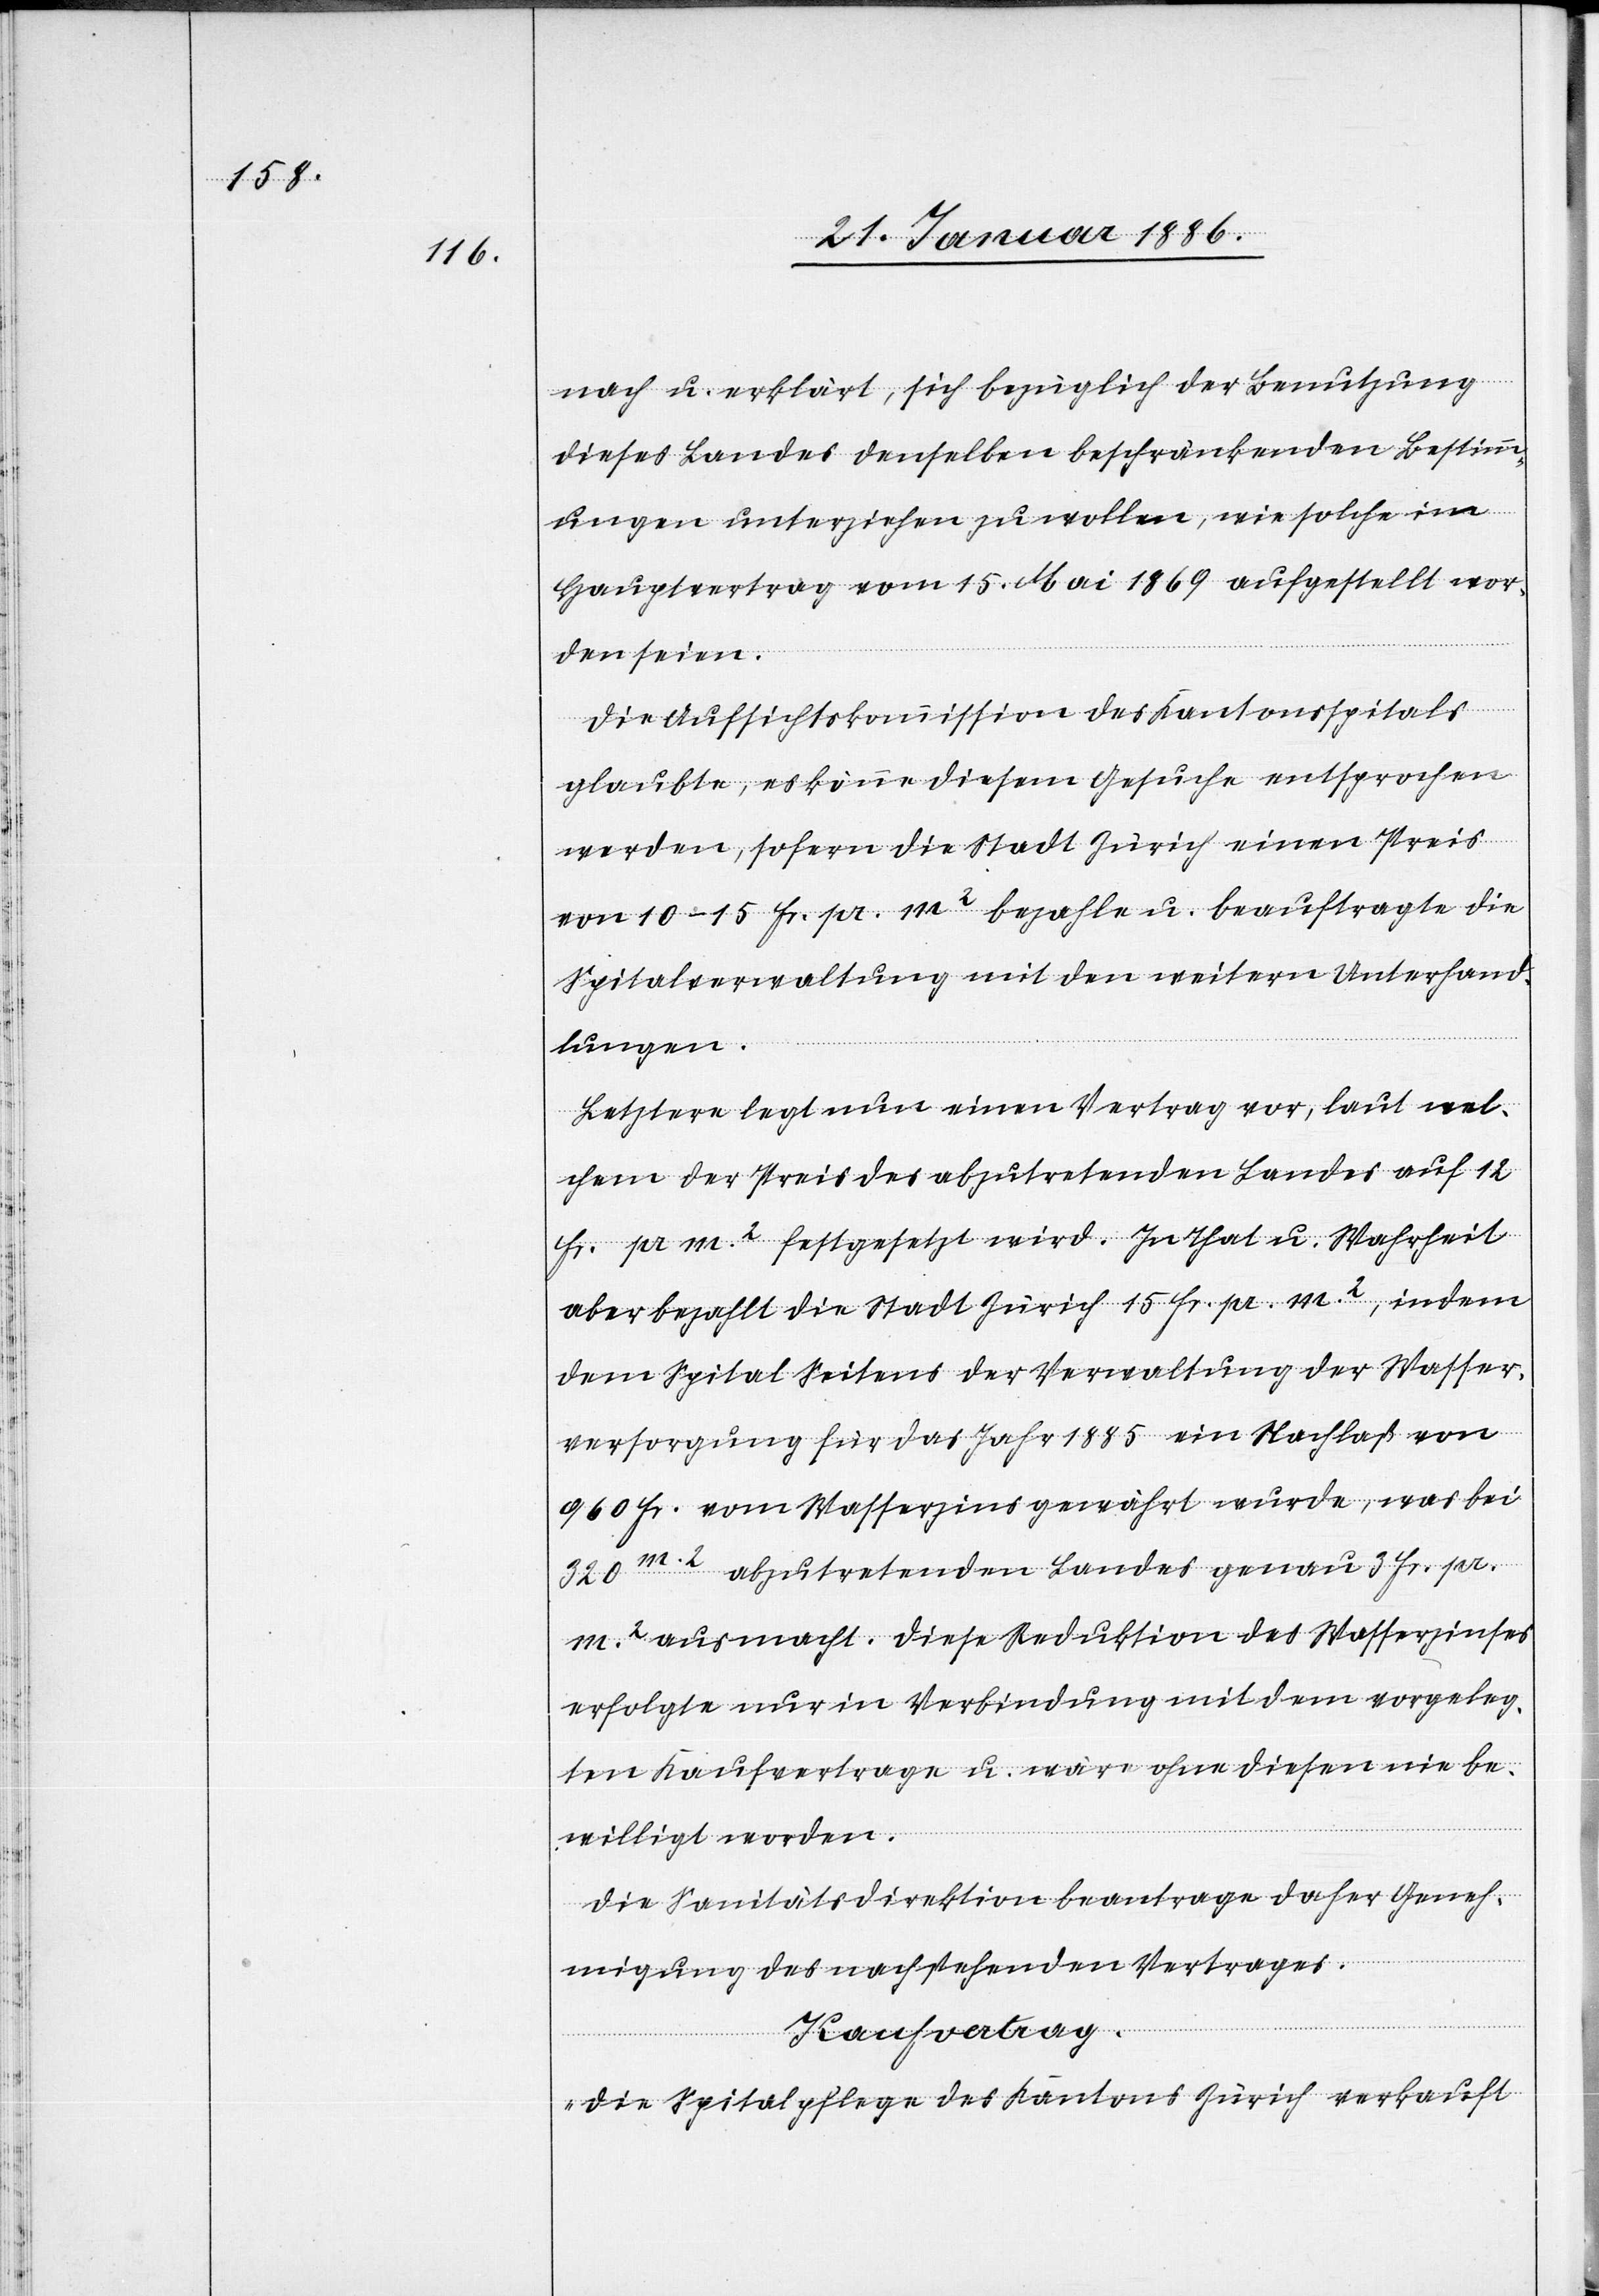
nach u. erklärt, sich bezüglich der Benutzung
dieses Landes denselben beschränkenden Bestimm¬
ungen unterziehen zu wollen, wie solche im
Hauptvertrag vom 15. Mai 1869 aufgestellt wor¬
den seien.
Die Aufsichtskommission des Kantonsspitals
glaubte, es könne diesem Gesuche entsprochen
werden, sofern die Stadt Zürich einen Preis
von 10–15 Fr. pr. m2 bezahle u. beauftragte die
Spitalverwaltung mit den weitern Unterhand¬
lungen.
Letztere legt nun einen Vertrag vor, laut wel¬
chem der Preis des abzutretenden Landes auf 12
Fr. pr. m2 festgesetzt wird. In That u. Wahrheit
aber bezahlt die Stadt Zürich 15 Fr. pr. m2, indem
dem Spital Seitens der Verwaltung der Wasser¬
versorgung für das Jahr 1885 ein Nachlaß von
960 Fr. vom Wasserzins gewährt wurde, was bei
320 m2 abzutretenden Landes genau 3 Fr. pr.
m2 ausmacht. Diese Reduktion des Wasserzinses
erfolgte nur in Verbindung mit dem vorgeleg¬
ten Kaufvertrage u. wäre ohne diesen nie be¬
willigt worden.
Die Sanitätsdirektion beantrage daher Geneh¬
migung des nachstehenden Vertrages.
Kaufvertrag.
„Die Spitalpflege des Kantons Zürich verkauft